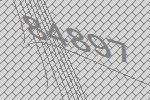
84897